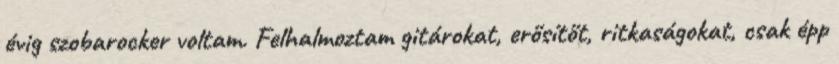
évig szobarocker voltam. Felhalmoztam gitárokat, erősítőt, ritkaságokat, csak épp